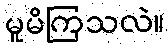
မူမိကြသလဲ။